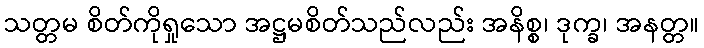
သတ္တမ စိတ်ကိုရှုသော အဋ္ဌမစိတ်သည်လည်း အနိစ္စ၊ ဒုက္ခ၊ အနတ္တ။